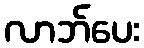
လာဘ်ပေး